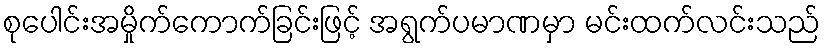
စုပေါင်းအမှိုက်ကောက်ခြင်းဖြင့် အရွက်ပမာဏမှာ မင်းထက်လင်းသည်